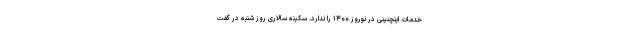
خدمات اینچنینی در نوروز ۱۴۰۰ را ندارد. سکینه سالاری روز شنبه در گفت